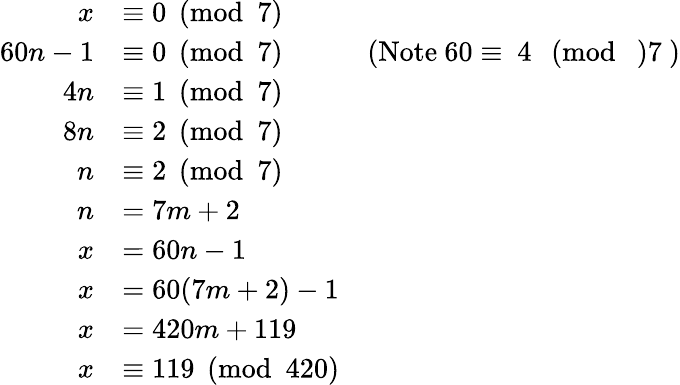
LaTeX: \begin{array}{rlr}{x}&{\equiv 0\pmod{7}}\\ {60n-1}&{\equiv 0\pmod{7}}&{\mathrm{(Note~60\equiv~4~\pmod~7~)}}\\ {4n}&{\equiv 1\pmod 7}\\ {8n}&{\equiv 2\pmod 7}\\ {n}&{\equiv 2\pmod 7}\\ {n}&{=7m+2}\\ {x}&{=60n-1}\\ {x}&{=60(7m+2)-1}\\ {x}&{=420m+119}\\ {x}&{\equiv 119\pmod{420}}\end{array}